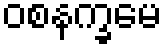
ဝစနက္ခမေ